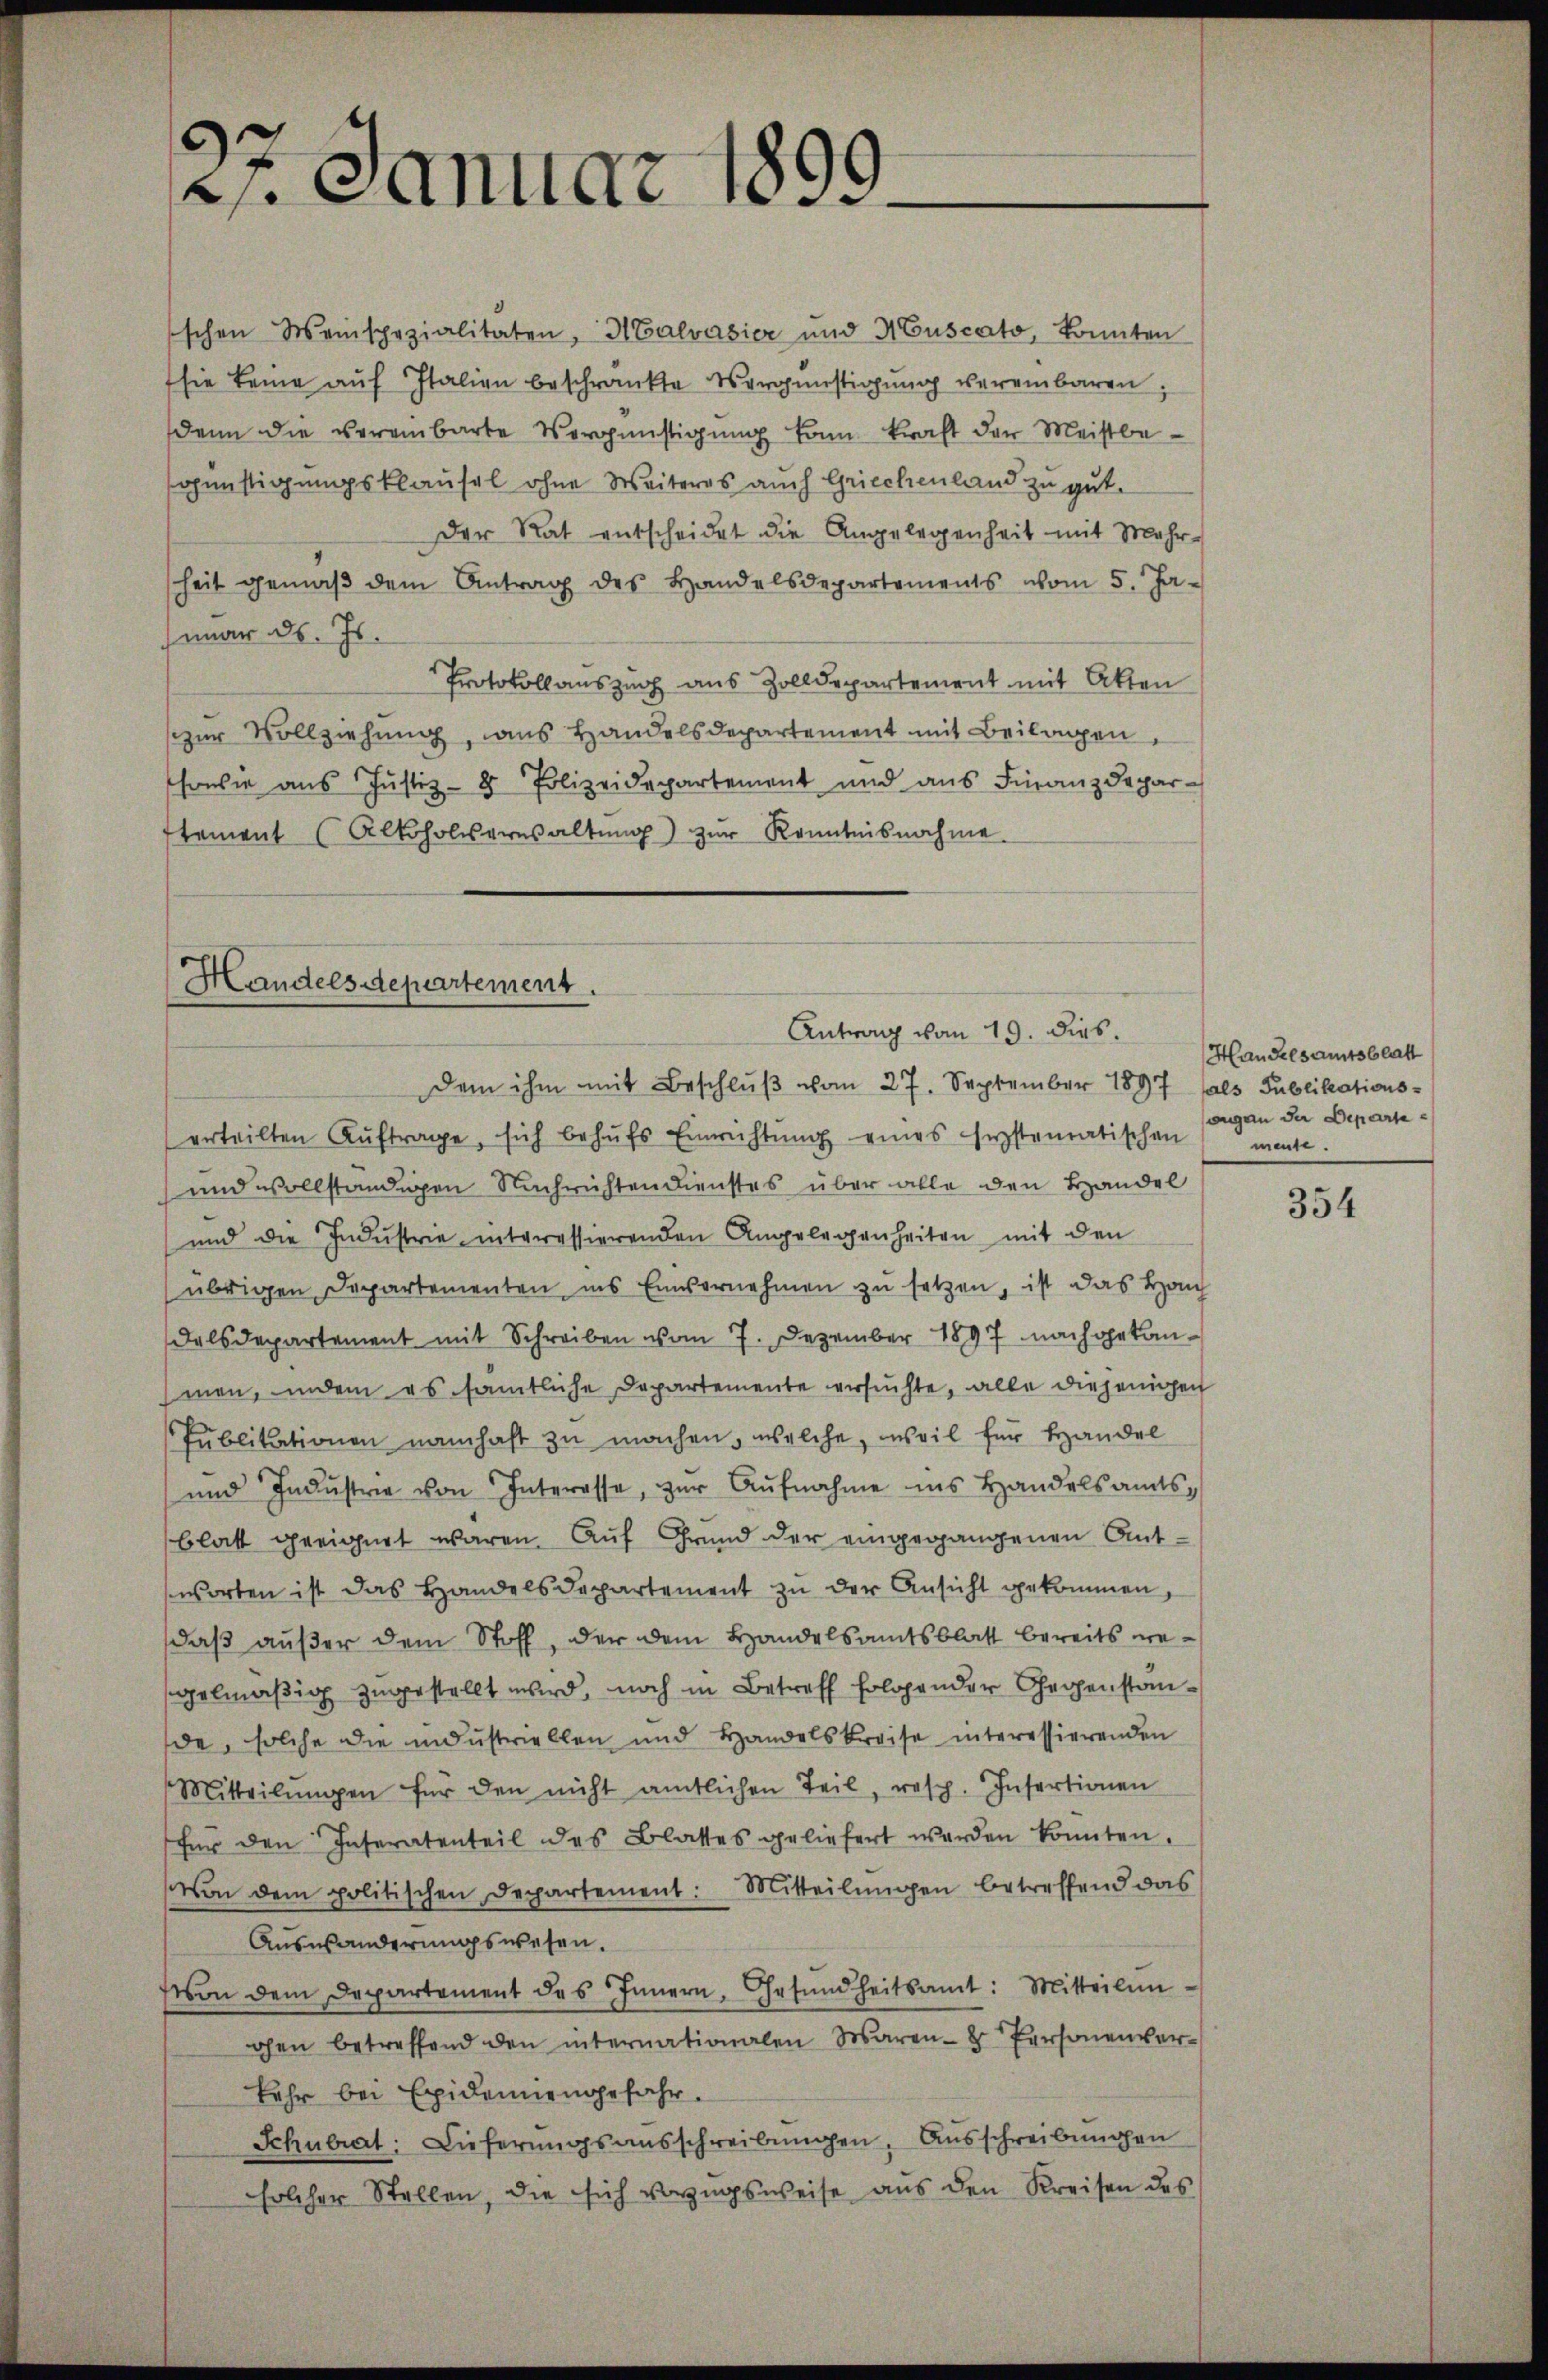
.
2. Januar l.

ischen Weinspezialitäten, Halvasier und Muscato, konnten
sie keine auf Italien beschränkte Vergünstigung vereinbaren
denn die vereinbarte Vergünstigung kam kraft der Meistbe-
günstigungsklausel ohne Weiteres auch Griechenland zu gut.
Der Rat entscheidet die Angelegenheit mit Mehr-
heit gemäβ dem Antrag des Handelsdepartements vom 5. Ja-
mar ds. Is
Protokollauszug aus Zolldepartement mit Akten
zur Vollziehung, aus Handelsdepartement mit Beilagen,
sowie aus Justiz- & Polizeidepartement und aus Finanzdepar-
stament (Alkoholieresaltŭng zŭr Kenntnisnahme.

Handelsdepartement.
Antrag vom 19. dies

dem ihm mit Beschlŭβ vom 27. September 1897 als Publikations-
erteilten Aŭftrage, sich behŭfs Einrichtŭng eines herstematischen
und vollständigen Nachrichten dienstes über alle den Handel
und die Industrie interessierenden Angelegenheiten mit den
übrigen Departementen ins Einsernehmen zu setzen, ist das Haus
dalsdepartement mit Schreiben vom 7. Dezember 1897 nachgetanmen, indem es sämtliche Departemente ersuchte, alle diejenigen
Publikationen namhaft zu machen, welche, weil für Handel
und Indŭstrie von Interesse, zŭr Aŭfnahme ins Handelsamts-
blatt geeignet waren. Auf Grund der eingegangenen Antworten ist das Handelsdepartement zu der Ansicht gekommen,
daß außer dem Stoff, der dem Handelsamtsblatt bereits wegelmäßig zugestellt wird, noch in Betreff folgender Gegenstande, solche die industriellen und Handelskreise interessierenden
Mitteilŭngen für den nicht amtlichen Teil, resp. Insertionen
für den Inseratenteil des Blattes geliefert werden konnten.
von dem politischen Departement: Mitteilŭngen betreffend das
Auswanderungswesen.
von dem Departement des Innern, Gesŭndheitsamt: Mitteilin-
gen betreffend den internationalen Waren- Personenver-
kehr bei Epidemiengefahr
Schulrat: Dieferŭngsaŭsschreibŭngen. Ausschreibungen
solcher Stellen, die sich vorzugsweise aus den Kreisen des

Handelsamtsblatt
augen der Departemeuse.

354